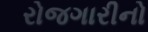
રોજગારીનો